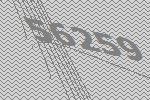
56259